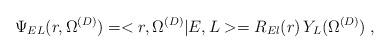
LaTeX: \begin{align*}\Psi_{E L}(r, \Omega^{(D)})=<r, \Omega^{(D)}| E , L > =R_{El} (r)\,Y_{L} (\Omega^{(D)})\; ,\end{align*}